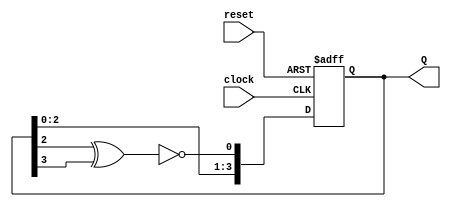
module rand_num_gen(
    input clock, reset, output reg [3:0] Q
    );
    
    reg [3:0] Q = 4'b0000;
        
        always @ (posedge clock, posedge reset)
        begin
            if (reset)
            begin
                Q <= 0;
            end
            else
            begin
                Q <= { Q[2:0], ~(Q[2]^Q[3]) } ;
            end
        end
endmodule